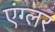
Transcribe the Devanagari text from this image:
एंग्लर